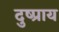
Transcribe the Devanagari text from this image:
दुष्प्राय